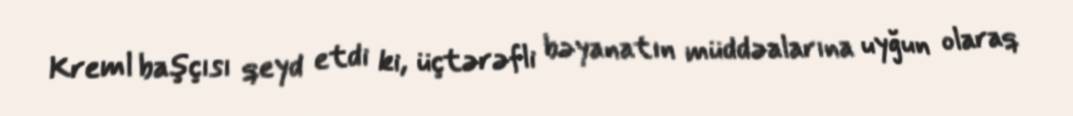
Kreml başçısı qeyd etdi ki, üçtərəfli bəyanatın müddəalarına uyğun olaraq